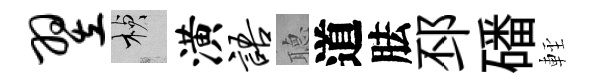
翌楨潢语𦗟道胠邳磻䡖